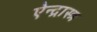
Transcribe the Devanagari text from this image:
ऐन्द्रास्त्र